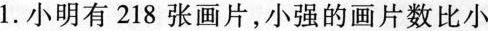
1.小明有218张画片，小强的画片数比小